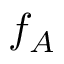
f _ { A }